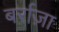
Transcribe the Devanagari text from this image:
बर्राज़ा